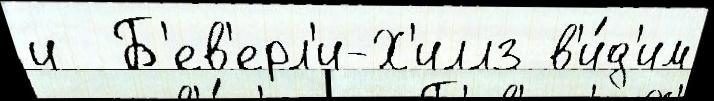
и  Б'ев'ерл'и-Х'иллз в'и́д'им